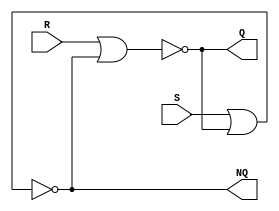
module Lab3_SR_Latch_gatelevel(R,S,Q,NQ);
    input S;
    input R;
    output Q,NQ;
    
    nor #(2) n1(Q,R,NQ);
    nor #(2) n2(NQ,S,Q);

endmodule